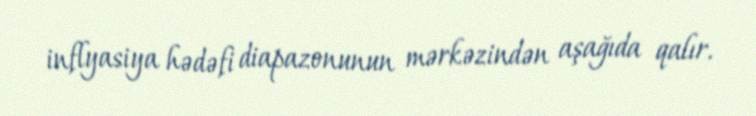
inflyasiya hədəfi diapazonunun mərkəzindən aşağıda qalır.